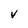
Character: V